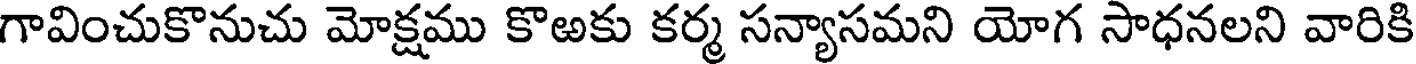
గావించుకొనుచు మోక్షము కొఱకు కర్మ సన్యాసమని యోగ సాధనలని వారికి